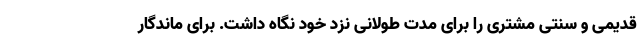
قدیمی و سنتی مشتری را برای مدت طولانی نزد خود نگاه داشت. برای ماندگار